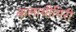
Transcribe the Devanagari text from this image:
कलाथीगिरी